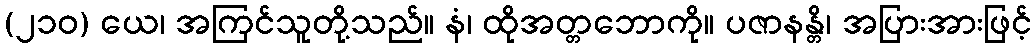
(၂၁၀) ယေ၊ အကြင်သူတို့သည်။ နံ၊ ထိုအတ္တဘောကို။ ပဇာနန္တိ၊ အပြားအားဖြင့်